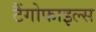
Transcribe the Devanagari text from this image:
टैंगोफाइल्स